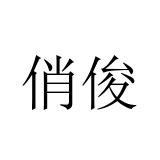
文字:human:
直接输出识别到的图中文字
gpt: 俏俊